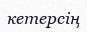
кетерсің